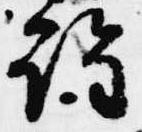
詮